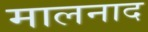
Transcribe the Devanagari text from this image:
मालनाद